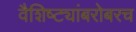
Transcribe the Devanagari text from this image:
वैशिष्ट्यांबरोबरच